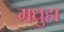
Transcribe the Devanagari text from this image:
मधुहा